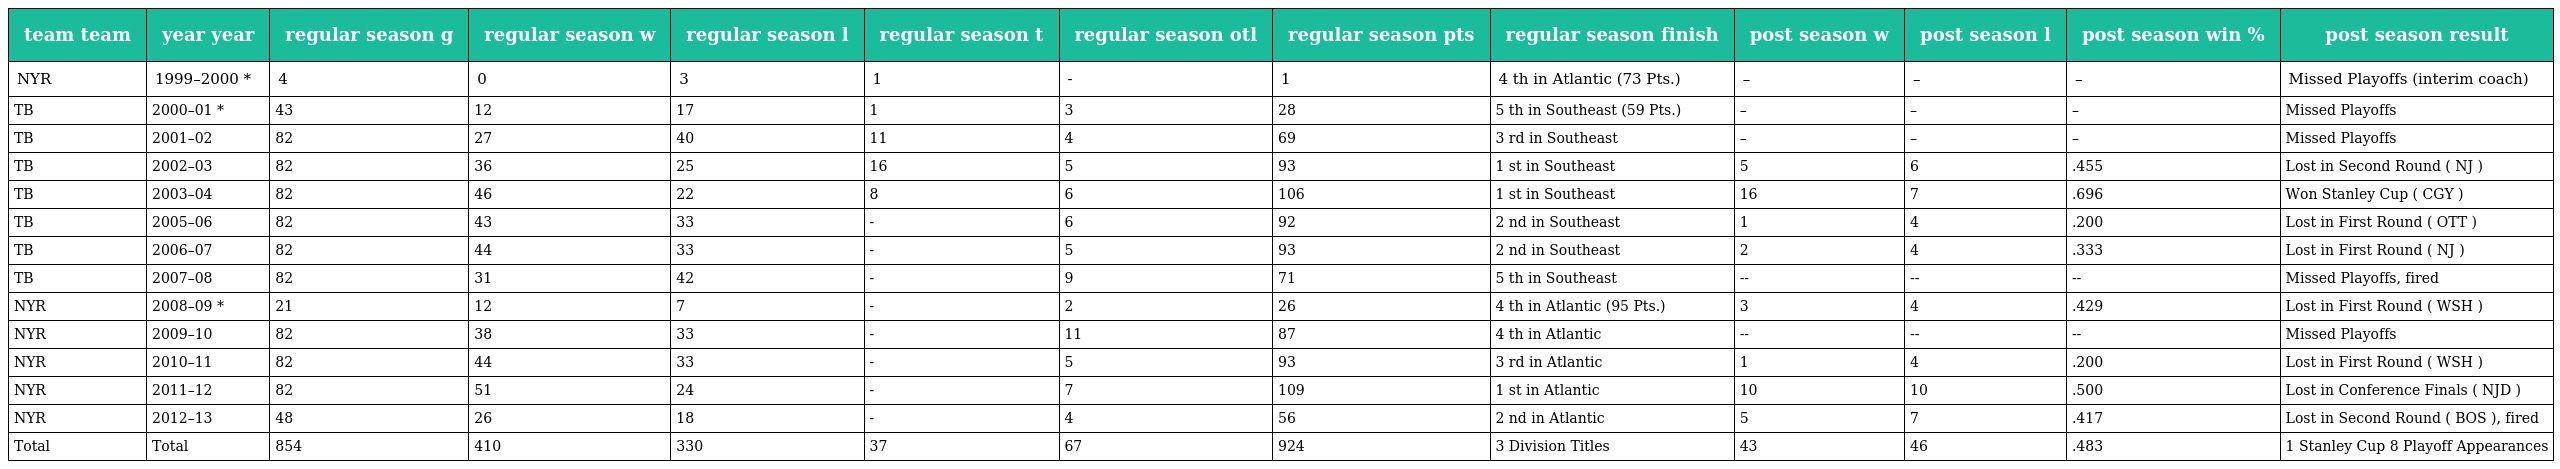
| team team | year year | regular season g | regular season w | regular season l | regular season t | regular season otl | regular season pts | regular season finish | post season w | post season l | post season win % | post season result |
 | --- | --- | --- | --- | --- | --- | --- | --- | --- | --- | --- | --- | --- |
 | NYR | 1999–2000 * | 4 | 0 | 3 | 1 | - | 1 | 4 th in Atlantic (73 Pts.) | – | – | – | Missed Playoffs (interim coach) |
 | TB | 2000–01 * | 43 | 12 | 17 | 1 | 3 | 28 | 5 th in Southeast (59 Pts.) | – | – | – | Missed Playoffs |
 | TB | 2001–02 | 82 | 27 | 40 | 11 | 4 | 69 | 3 rd in Southeast | – | – | – | Missed Playoffs |
 | TB | 2002–03 | 82 | 36 | 25 | 16 | 5 | 93 | 1 st in Southeast | 5 | 6 | .455 | Lost in Second Round ( NJ ) |
 | TB | 2003–04 | 82 | 46 | 22 | 8 | 6 | 106 | 1 st in Southeast | 16 | 7 | .696 | Won Stanley Cup ( CGY ) |
 | TB | 2005–06 | 82 | 43 | 33 | - | 6 | 92 | 2 nd in Southeast | 1 | 4 | .200 | Lost in First Round ( OTT ) |
 | TB | 2006–07 | 82 | 44 | 33 | - | 5 | 93 | 2 nd in Southeast | 2 | 4 | .333 | Lost in First Round ( NJ ) |
 | TB | 2007–08 | 82 | 31 | 42 | - | 9 | 71 | 5 th in Southeast | -- | -- | -- | Missed Playoffs, fired |
 | NYR | 2008–09 * | 21 | 12 | 7 | - | 2 | 26 | 4 th in Atlantic (95 Pts.) | 3 | 4 | .429 | Lost in First Round ( WSH ) |
 | NYR | 2009–10 | 82 | 38 | 33 | - | 11 | 87 | 4 th in Atlantic | -- | -- | -- | Missed Playoffs |
 | NYR | 2010–11 | 82 | 44 | 33 | - | 5 | 93 | 3 rd in Atlantic | 1 | 4 | .200 | Lost in First Round ( WSH ) |
 | NYR | 2011–12 | 82 | 51 | 24 | - | 7 | 109 | 1 st in Atlantic | 10 | 10 | .500 | Lost in Conference Finals ( NJD ) |
 | NYR | 2012–13 | 48 | 26 | 18 | - | 4 | 56 | 2 nd in Atlantic | 5 | 7 | .417 | Lost in Second Round ( BOS ), fired |
 | Total | Total | 854 | 410 | 330 | 37 | 67 | 924 | 3 Division Titles | 43 | 46 | .483 | 1 Stanley Cup 8 Playoff Appearances |